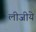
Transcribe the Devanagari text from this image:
लीजीये